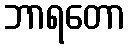
ဘာရတော